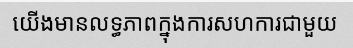
យើងមានលទ្ធភាពក្នុងការសហការជាមួយ